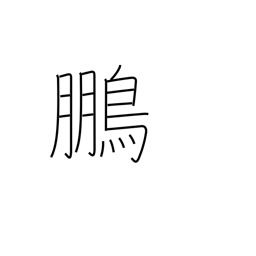
Meaning: phoenix